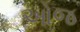
ઓજ